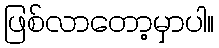
ဖြစ်လာတော့မှာပါ။